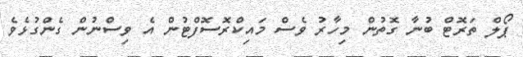
ޕޯލް ތަރޮޓް ބުނާ ގޮތުން މިހާރު ވެސް މައިކްރޮސޮފްޓުން އެ ވިސްނުން ގެންގުޅެވެ